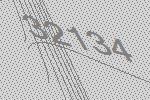
32134